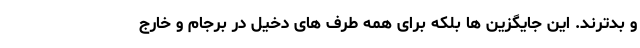
و بدترند. این جایگزین ها بلکه برای همه طرف های دخیل در برجام و خارج